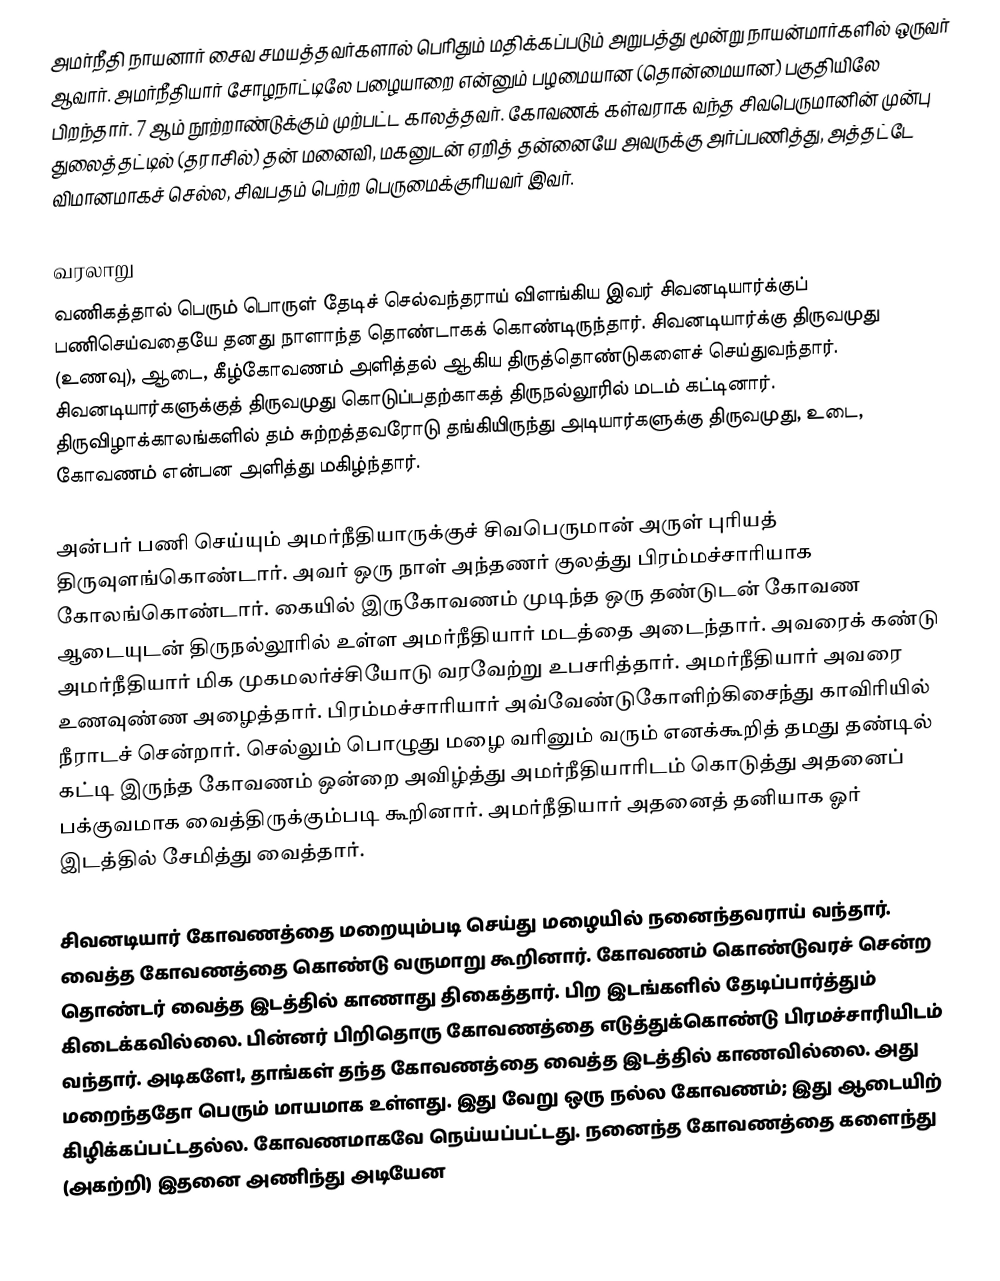
அமர்நீதி நாயனார் சைவ சமயத்தவர்களால் பெரிதும் மதிக்கப்படும் அறுபத்து மூன்று நாயன்மார்களில் ஒருவர் ஆவார். அமர்நீதியார் சோழநாட்டிலே பழையாறை என்னும் பழமையான (தொன்மையான) பகுதியிலே பிறந்தார். 7 ஆம் நூற்றாண்டுக்கும் முற்பட்ட காலத்தவர். கோவணக் கள்வராக வந்த சிவபெருமானின் முன்பு துலைத்தட்டில் (தராசில்) தன் மனைவி, மகனுடன் ஏறித் தன்னையே அவருக்கு அர்ப்பணித்து, அத்தட்டே விமானமாகச் செல்ல, சிவபதம் பெற்ற பெருமைக்குரியவர் இவர்.

வரலாறு
வணிகத்தால் பெரும் பொருள் தேடிச் செல்வந்தராய் விளங்கிய இவர் சிவனடியார்க்குப் பணிசெய்வதையே தனது நாளாந்த தொண்டாகக் கொண்டிருந்தார். சிவனடியார்க்கு திருவமுது (உணவு), ஆடை, கீழ்கோவணம் அளித்தல் ஆகிய திருத்தொண்டுகளைச் செய்துவந்தார். சிவனடியார்களுக்குத் திருவமுது கொடுப்பதற்காகத் திருநல்லூரில் மடம் கட்டினார். திருவிழாக்காலங்களில் தம் சுற்றத்தவரோடு தங்கியிருந்து அடியார்களுக்கு திருவமுது, உடை, கோவணம் என்பன அளித்து மகிழ்ந்தார்.

அன்பர் பணி செய்யும் அமர்நீதியாருக்குச் சிவபெருமான் அருள் புரியத் திருவுளங்கொண்டார். அவர் ஒரு நாள் அந்தணர் குலத்து பிரம்மச்சாரியாக கோலங்கொண்டார். கையில் இருகோவணம் முடிந்த ஒரு தண்டுடன் கோவண ஆடையுடன் திருநல்லூரில் உள்ள அமர்நீதியார் மடத்தை அடைந்தார். அவரைக் கண்டு அமர்நீதியார் மிக முகமலர்ச்சியோடு வரவேற்று உபசரித்தார். அமர்நீதியார் அவரை உணவுண்ண அழைத்தார். பிரம்மச்சாரியார் அவ்வேண்டுகோளிற்கிசைந்து காவிரியில் நீராடச் சென்றார். செல்லும் பொழுது மழை வரினும் வரும் எனக்கூறித் தமது தண்டில் கட்டி இருந்த கோவணம் ஒன்றை அவிழ்த்து அமர்நீதியாரிடம் கொடுத்து அதனைப் பக்குவமாக வைத்திருக்கும்படி கூறினார். அமர்நீதியார் அதனைத் தனியாக ஓர் இடத்தில் சேமித்து வைத்தார்.

சிவனடியார் கோவணத்தை மறையும்படி செய்து மழையில் நனைந்தவராய் வந்தார். வைத்த கோவணத்தை கொண்டு வருமாறு கூறினார். கோவணம் கொண்டுவரச் சென்ற தொண்டர் வைத்த இடத்தில் காணாது திகைத்தார். பிற இடங்களில் தேடிப்பார்த்தும் கிடைக்கவில்லை. பின்னர் பிறிதொரு கோவணத்தை எடுத்துக்கொண்டு பிரமச்சாரியிடம் வந்தார். அடிகளே!, தாங்கள் தந்த கோவணத்தை வைத்த இடத்தில் காணவில்லை. அது மறைந்ததோ பெரும் மாயமாக உள்ளது. இது வேறு ஒரு நல்ல கோவணம்; இது ஆடையிற் கிழிக்கப்பட்டதல்ல. கோவணமாகவே நெய்யப்பட்டது. நனைந்த கோவணத்தை களைந்து (அகற்றி) இதனை அணிந்து அடியேன